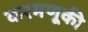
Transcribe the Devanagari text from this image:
करमणूकी